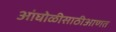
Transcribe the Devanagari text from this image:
आंघोळीसाठीआणत